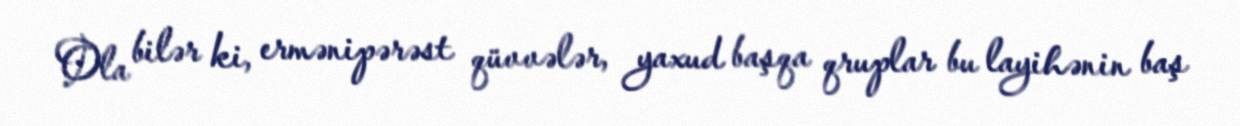
Ola bilər ki, ermənipərəst qüvvələr, yaxud başqa qruplar bu layihənin baş